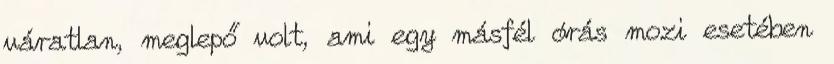
váratlan, meglepő volt, ami egy másfél órás mozi esetében